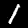
Digit: 1